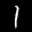
Label: 1